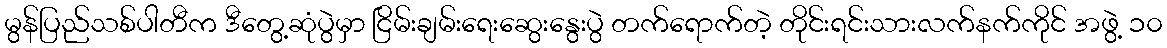
မွန်ပြည်သစ်ပါတီက ဒီတွေ့ဆုံပွဲမှာ ငြိမ်းချမ်းရေးဆွေးနွေးပွဲ တက်ရောက်တဲ့ တိုင်းရင်းသားလက်နက်ကိုင် အဖွဲ့ ၁၀